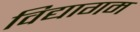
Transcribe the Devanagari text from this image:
विद्यागम